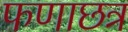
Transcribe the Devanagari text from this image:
फणाछत्र